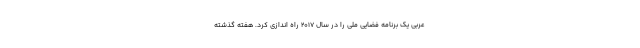
عربی یک برنامه فضایی ملی را در سال ۲۰۱۷ راه اندازی کرد. هفته گذشته